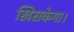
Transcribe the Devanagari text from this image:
खिसकेगा।